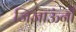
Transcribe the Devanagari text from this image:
जिजाऊंनी